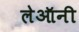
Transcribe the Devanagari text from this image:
लेऑनी